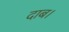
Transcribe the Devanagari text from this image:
दाब।